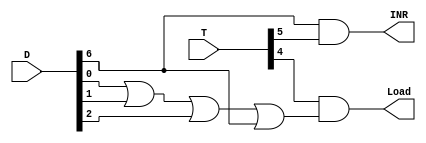
module DR_ControlSingal (
    Load, INR, T, D
);

input [7:0] T,D;
	output Load, INR;

	wire ToLoad;

	 assign INR = D[6] & T[5];  // ISZ
	assign ToLoad = (D[0] | D[1] | D[2] | D[6]); 
	assign Load = T[4] & ToLoad;

endmodule